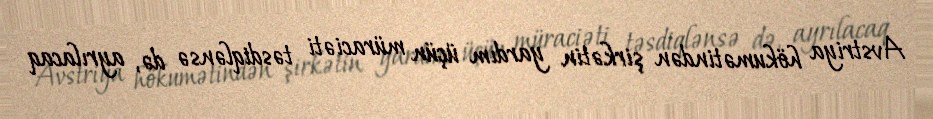
Avstriya hökumətindən şirkətin yardım üçün müraciəti təsdiqlənsə də, ayrılacaq